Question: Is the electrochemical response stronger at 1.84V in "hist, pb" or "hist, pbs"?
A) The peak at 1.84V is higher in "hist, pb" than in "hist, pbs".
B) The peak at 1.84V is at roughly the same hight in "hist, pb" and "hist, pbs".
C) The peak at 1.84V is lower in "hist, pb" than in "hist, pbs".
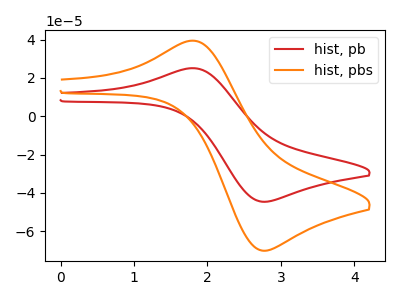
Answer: <think>The red curve "hist, pb" has an anodic peak at (1.85V, 25.00uA) and a cathodic peak at (2.75V, -44.65uA). The orange curve "hist, pbs" has an anodic peak at (1.85V, 39.35uA) and a cathodic peak at (2.75V, -70.20uA).</think>
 <answer>C) The peak at 1.84V is lower in "hist, pb" than in "hist, pbs".</answer>
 <eval>C</eval>